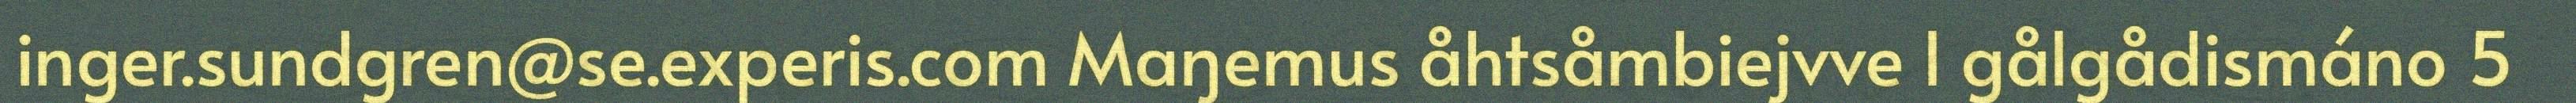
inger.sundgren@se.experis.com Maŋemus åhtsåmbiejvve l gålgådismáno 5